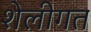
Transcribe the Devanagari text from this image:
शेलीगत